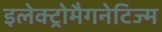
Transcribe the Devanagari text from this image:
इलेक्ट्रोमैगनेटिज्म